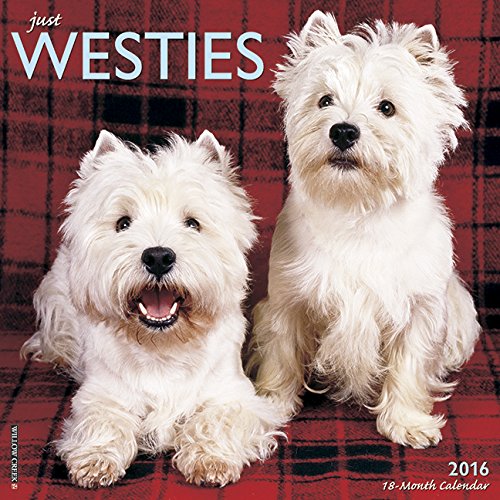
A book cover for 2016 Just Westies Wall Calendar; Willow Creek Press; Calendars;